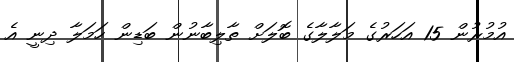
އުމުރުން 15 އަހަރުގެ މަލާލާގެ ބޮލަށް ތާލިބާނުން ބަޑިން ހަމަލާ ދިނީ އެ